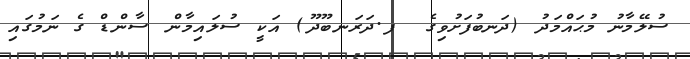
ސުލޭމާނު މުޙައްމަދު (ދަނބުފަށުވިގެ  ފ.ދަރަނބޫދޫ) އަކީ ސުލައިމާން ސާންޑް ގެ ނަމުގައި